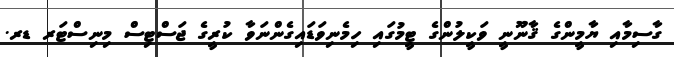
ގާސިމާއި ޔާމީންގެ ޤާނޫނީ ވަކީލުންގެ ޓީމުގައި ހިމެނިވަޑައިގެންނަވާ ކުރީގެ ޖަސްޓިސް މިނިސްޓަރ ޑރ.